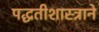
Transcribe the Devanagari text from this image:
पद्धतीशास्त्राने